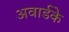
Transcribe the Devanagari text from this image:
अवार्डके